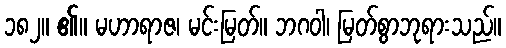
၁၈၂။ ၏။ မဟာရာဇ၊ မင်းမြတ်။ ဘဂဝါ၊ မြတ်စွာဘုရားသည်။